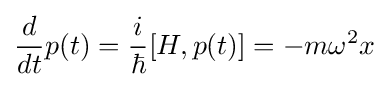
{d \over dt}p(t)={i \over \hbar }[H,p(t)]=-m\omega ^{2}x